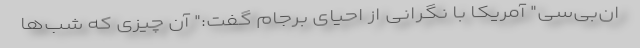
‌ان‌بی‌سی" آمریکا با نگرانی از احیای برجام گفت:" آن چیزی که شب‌‌ها